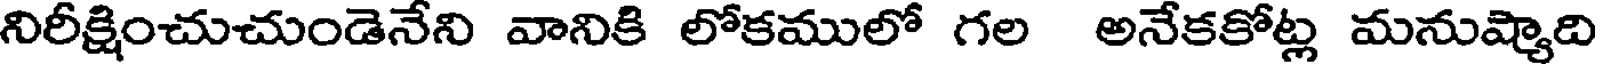
నిరీక్షించుచుండెనేని వానికి లోకములో గల అనేకకోట్ల మనుష్యాది